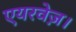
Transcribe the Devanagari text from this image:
एयरवेज़।